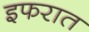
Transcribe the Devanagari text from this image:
इफरात